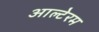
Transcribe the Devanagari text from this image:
आल्टेरम